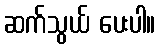
ဆက်သွယ် ပေးပါ။